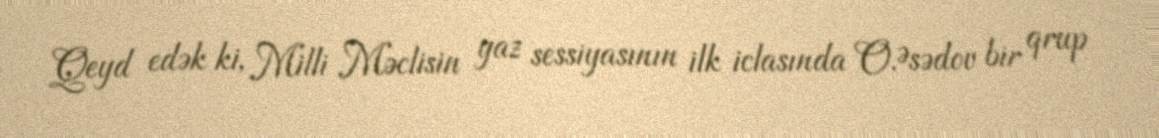
Qeyd edək ki, Milli Məclisin yaz sessiyasının ilk iclasında O.Əsədov bir qrup